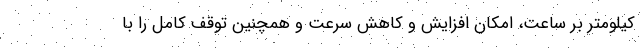
کیلومتر بر ساعت، امکان افزایش و کاهش سرعت و همچنین توقف کامل را با